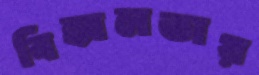
বিহ্বলতায়